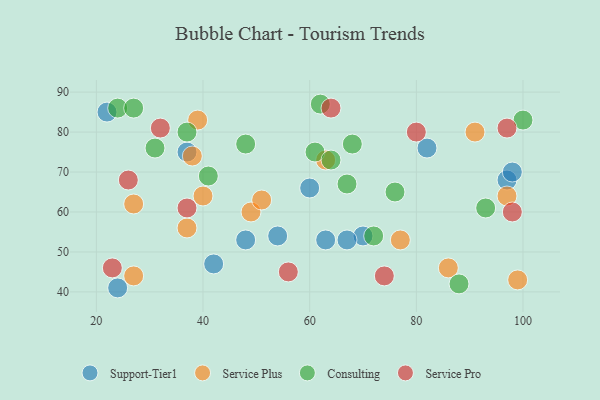
{"axis": {"x": "GDP", "y": "Life Expectancy"}, "legend": ["Consulting", "Service Plus", "Service Pro", "Support-Tier1"], "data": [{"x": "48", "y": 53, "type": "Support-Tier1"}, {"x": "97", "y": 68, "type": "Support-Tier1"}, {"x": "37", "y": 75, "type": "Support-Tier1"}, {"x": "63", "y": 53, "type": "Support-Tier1"}, {"x": "22", "y": 85, "type": "Support-Tier1"}, {"x": "82", "y": 76, "type": "Support-Tier1"}, {"x": "60", "y": 66, "type": "Support-Tier1"}, {"x": "24", "y": 41, "type": "Support-Tier1"}, {"x": "70", "y": 54, "type": "Support-Tier1"}, {"x": "98", "y": 70, "type": "Support-Tier1"}, {"x": "42", "y": 47, "type": "Support-Tier1"}, {"x": "54", "y": 54, "type": "Support-Tier1"}, {"x": "67", "y": 53, "type": "Support-Tier1"}, {"x": "86", "y": 46, "type": "Service Plus"}, {"x": "49", "y": 60, "type": "Service Plus"}, {"x": "99", "y": 43, "type": "Service Plus"}, {"x": "37", "y": 56, "type": "Service Plus"}, {"x": "63", "y": 73, "type": "Service Plus"}, {"x": "27", "y": 62, "type": "Service Plus"}, {"x": "38", "y": 74, "type": "Service Plus"}, {"x": "91", "y": 80, "type": "Service Plus"}, {"x": "97", "y": 64, "type": "Service Plus"}, {"x": "39", "y": 83, "type": "Service Plus"}, {"x": "27", "y": 44, "type": "Service Plus"}, {"x": "77", "y": 53, "type": "Service Plus"}, {"x": "40", "y": 64, "type": "Service Plus"}, {"x": "51", "y": 63, "type": "Service Plus"}, {"x": "31", "y": 76, "type": "Consulting"}, {"x": "76", "y": 65, "type": "Consulting"}, {"x": "24", "y": 86, "type": "Consulting"}, {"x": "61", "y": 75, "type": "Consulting"}, {"x": "41", "y": 69, "type": "Consulting"}, {"x": "72", "y": 54, "type": "Consulting"}, {"x": "88", "y": 42, "type": "Consulting"}, {"x": "67", "y": 67, "type": "Consulting"}, {"x": "100", "y": 83, "type": "Consulting"}, {"x": "37", "y": 80, "type": "Consulting"}, {"x": "48", "y": 77, "type": "Consulting"}, {"x": "62", "y": 87, "type": "Consulting"}, {"x": "27", "y": 86, "type": "Consulting"}, {"x": "93", "y": 61, "type": "Consulting"}, {"x": "64", "y": 73, "type": "Consulting"}, {"x": "68", "y": 77, "type": "Consulting"}, {"x": "23", "y": 46, "type": "Service Pro"}, {"x": "64", "y": 86, "type": "Service Pro"}, {"x": "80", "y": 80, "type": "Service Pro"}, {"x": "32", "y": 81, "type": "Service Pro"}, {"x": "37", "y": 61, "type": "Service Pro"}, {"x": "97", "y": 81, "type": "Service Pro"}, {"x": "74", "y": 44, "type": "Service Pro"}, {"x": "26", "y": 68, "type": "Service Pro"}, {"x": "56", "y": 45, "type": "Service Pro"}, {"x": "98", "y": 60, "type": "Service Pro"}]}